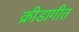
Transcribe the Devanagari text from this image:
क्रीडागीत